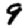
Digit: 9